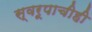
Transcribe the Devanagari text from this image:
स्वरूपाचीही